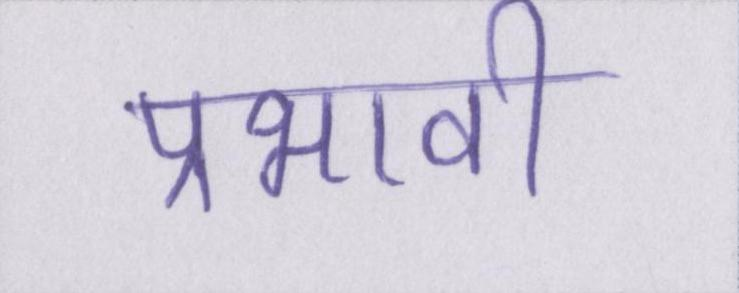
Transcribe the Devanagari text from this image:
प्रभावी